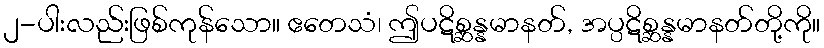
၂-ပါးလည်းဖြစ်ကုန်သော။ ဧတေသံ၊ ဤပဋိစ္ဆန္နမာနတ်, အပ္ပဋိစ္ဆန္နမာနတ်တို့ကို။